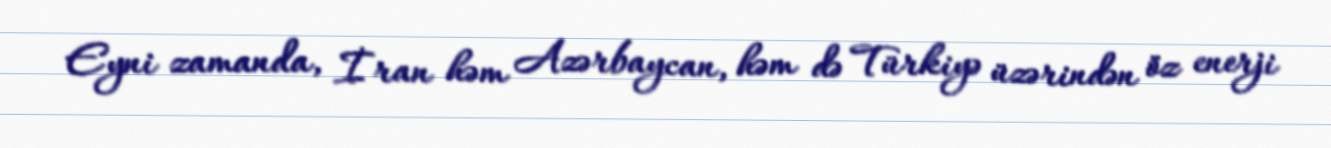
Eyni zamanda, İran həm Azərbaycan, həm də Türkiyə üzərindən öz enerji